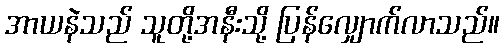
အာယနဲသည် သူတို့အနီးသို့ ပြန်လျှောက်လာသည်။